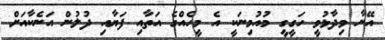
އޭނާ ވިދާޅުވީ ހަގީގީ މުއުމިނަކީ އެ މީހެއްގެ އަތާއި ފަޔާއި ދުލުން އަނެކާއަށް